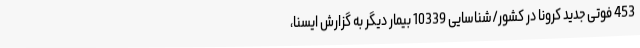
453 فوتی جدید کرونا در کشور/شناسایی 10339 بیمار دیگر به گزارش ایسنا،